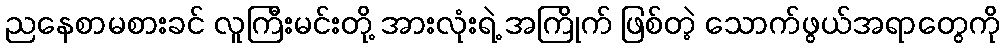
ညနေစာမစားခင် လူကြီးမင်းတို့ အားလုံးရဲ့ အကြိုက် ဖြစ်တဲ့ သောက်ဖွယ်အရာတွေကို